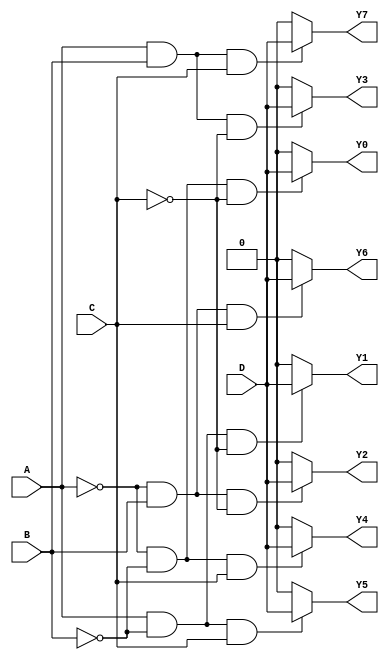
module demux_1_to_8(
    input wire D,
    input wire A, B, C,
    output reg Y0, Y1, Y2, Y3, Y4, Y5, Y6, Y7
);

always @(*) begin
    Y0 = (A == 0 && B == 0 && C == 0) ? D : 0;
    Y1 = (A == 1 && B == 0 && C == 0) ? D : 0;
    Y2 = (A == 0 && B == 1 && C == 0) ? D : 0;
    Y3 = (A == 1 && B == 1 && C == 0) ? D : 0;
    Y4 = (A == 0 && B == 0 && C == 1) ? D : 0;
    Y5 = (A == 1 && B == 0 && C == 1) ? D : 0;
    Y6 = (A == 0 && B == 1 && C == 1) ? D : 0;
    Y7 = (A == 1 && B == 1 && C == 1) ? D : 0;
end

endmodule